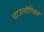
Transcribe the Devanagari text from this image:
चाउलोगिक्स